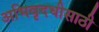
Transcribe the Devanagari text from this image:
अभिवृदधीसाठी